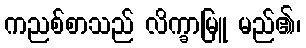
ကညစ်စာသည် လိက္ခာမြူ မည်၏၊